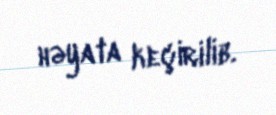
həyata keçirilib.